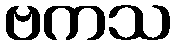
ဗကသ